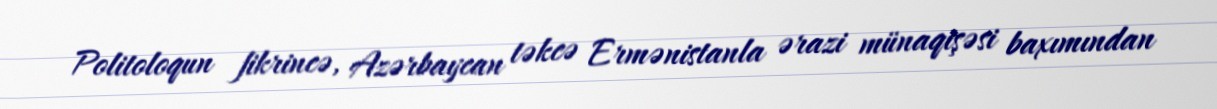
Politoloqun fikrincə, Azərbaycan təkcə Ermənistanla ərazi münaqişəsi baxımından